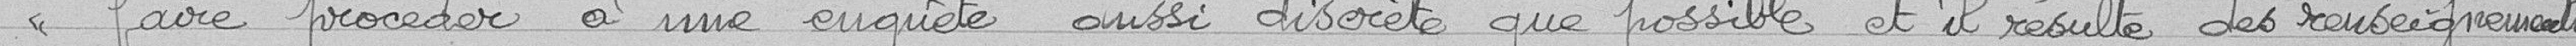
"faire procéder à une enquête aussi discrète que possible et résulté des renseignements